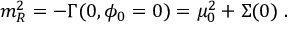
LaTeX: m _ { R } ^ { 2 } = - \Gamma ( 0 , \phi _ { 0 } = 0 ) = \mu _ { 0 } ^ { 2 } + \Sigma ( 0 ) \; .